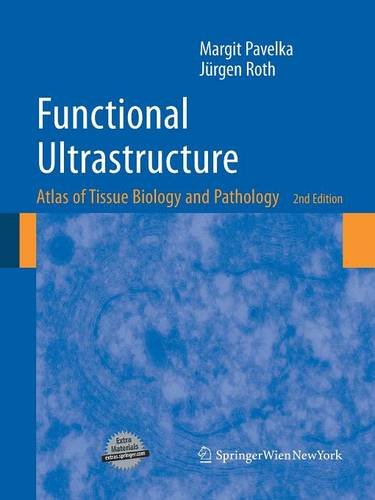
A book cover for Functional Ultrastructure: Atlas of Tissue Biology and Pathology; Margit Pavelka; Science & Math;